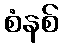
စံနစ်